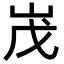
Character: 𡶔